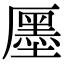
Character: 㕓